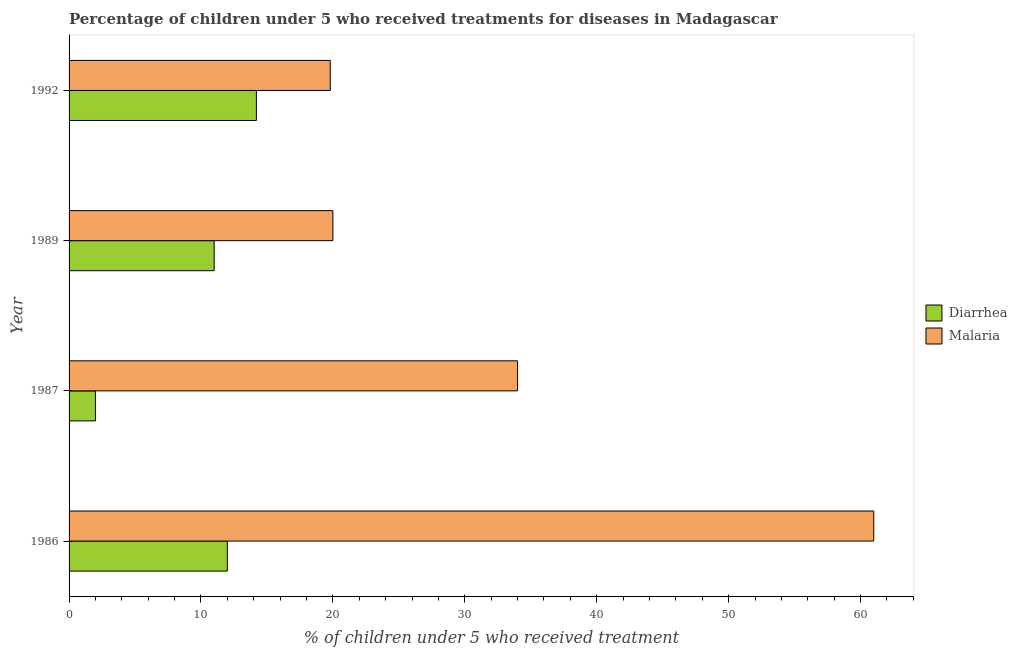
| Year | Diarrhea | Malaria |
 | --- | --- | --- |
 | 1986 | 12 | 61 |
 | 1987 | 2 | 34 |
 | 1989 | 11 | 20 |
 | 1992 | 14.2 | 19.8 |